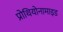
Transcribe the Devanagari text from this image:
प्रोथियोनामाइड